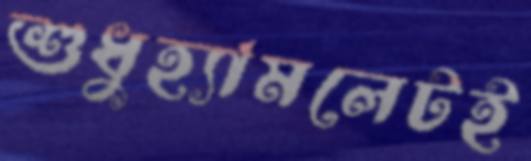
শুধুহ্যামলেটই